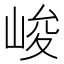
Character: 峻